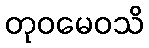
တုဝမေဝသိ